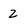
Character: 2